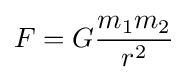
F=G{\frac {m_{1}m_{2}}{r^{2}}}